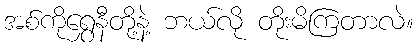
အစ်ကိုရွှေနီတို့နဲ့ ဘယ်လို တိုးမိကြတာလဲ။